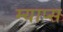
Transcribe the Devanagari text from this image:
म्याप्स